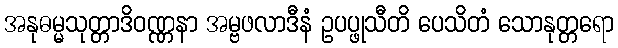
အနုဓမ္မသုတ္တာဒိဝဏ္ဏနာ အမ္ဗဖလာဒီနံ ဥပပ္ဖုသီတိ ပေသိတံ သောနုတ္တရော